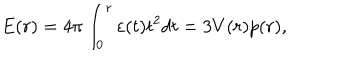
E ( r ) = 4 \pi \int _ { 0 } ^ { r } { \varepsilon ( t ) t ^ { 2 } d t } = 3 V ( r ) p ( r ) ,